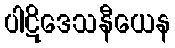
ပါဋိဒေသနီယေန